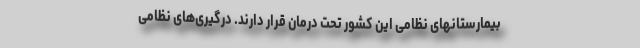
بیمارستانهای نظامی این کشور تحت درمان قرار دارند. درگیری‌های نظامی